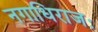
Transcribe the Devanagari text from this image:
नगाधिराजः